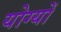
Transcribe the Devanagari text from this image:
योग्यों